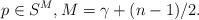
LaTeX: \begin{align*}p \in S^M, M = \gamma + (n-1)/2.\end{align*}